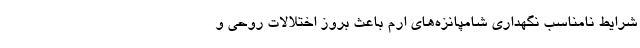
شرایط نامناسب نگهداری ‌شامپانزه‌های ارم باعث بروز اختلالات روحی و